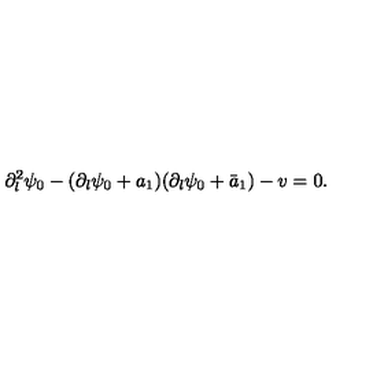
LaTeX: \partial _ { l } ^ { 2 } \psi _ { 0 } - ( \partial _ { l } \psi _ { 0 } + a _ { 1 } ) ( \partial _ { l } \psi _ { 0 } + \bar { a } _ { 1 } ) - v = 0 .